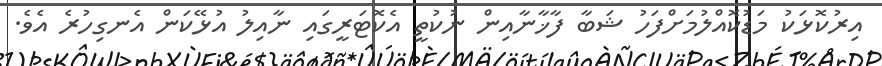
އިރުކޮޅަކު މަޑުކޮއްލުމަށްފަހު ޝަބާ ފާޚާނާއިން ނުކުތީ އެކޮޓަރީގައި ނާއިލު އުޅޭކަން އެނގިހުރެ އެވެ.